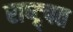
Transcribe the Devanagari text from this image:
राष्ट्र्पत